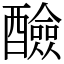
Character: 醶